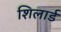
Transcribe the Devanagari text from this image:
शिलार्ड